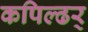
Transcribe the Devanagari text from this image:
कपिल्ढर्